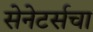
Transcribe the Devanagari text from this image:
सेनेटर्सचा